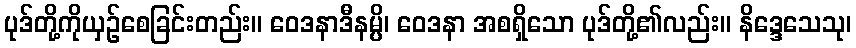
ပုဒ်တို့ကိုယှဉ်စေခြင်းတည်း။ ဝေဒနာဒီနမ္ပိ၊ ဝေဒနာ အစရှိသော ပုဒ်တို့၏လည်း။ နိဒ္ဒေသေသု၊